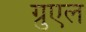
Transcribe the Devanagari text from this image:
ग्रुएल